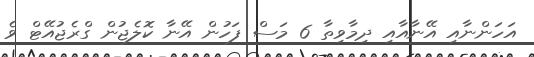
އަހަންނާއި އޭނާއާއި ދިމާވިތާ 6 މަސް ފަހުން އޭނާ ކޮލެޖުން ގްރެޖުއޭޓް ވެ